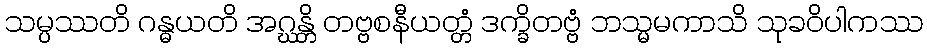
သမ္ပဿတိ ဂန္ဓယတိ အဂ္ဃန္တိ တဗ္ဗစနီယတ္တံ ဒက္ခိတဗ္ဗံ ဘသ္မမကာသိ သုခဝိပါကဿ